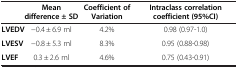
|  | Mean difference ± SD | Coefficient of Variation | Intraclass correlation coefficient (95%CI) |
 | --- | --- | --- | --- |
 | LVEDV | −0.4 ± 6.9 ml | 4.2% | 0.98 (0.97-1.0) |
 | LVESV | −0.8 ± 5.3 ml | 8.3% | 0.95 (0.88-0.98) |
 | LVEF | 0.3 ± 2.6 ml | 4.6% | 0.75 (0.43-0.91) |